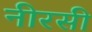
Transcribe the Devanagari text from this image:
नीरसी